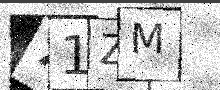
Text: 71ZM